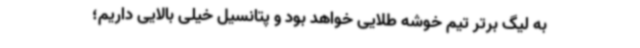
به لیگ برتر تیم خوشه طلایی خواهد بود و پتانسیل خیلی بالایی داریم؛